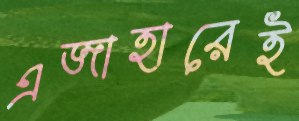
এজাহারেই